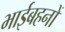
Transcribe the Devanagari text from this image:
भाईबहनों